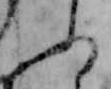
ふ